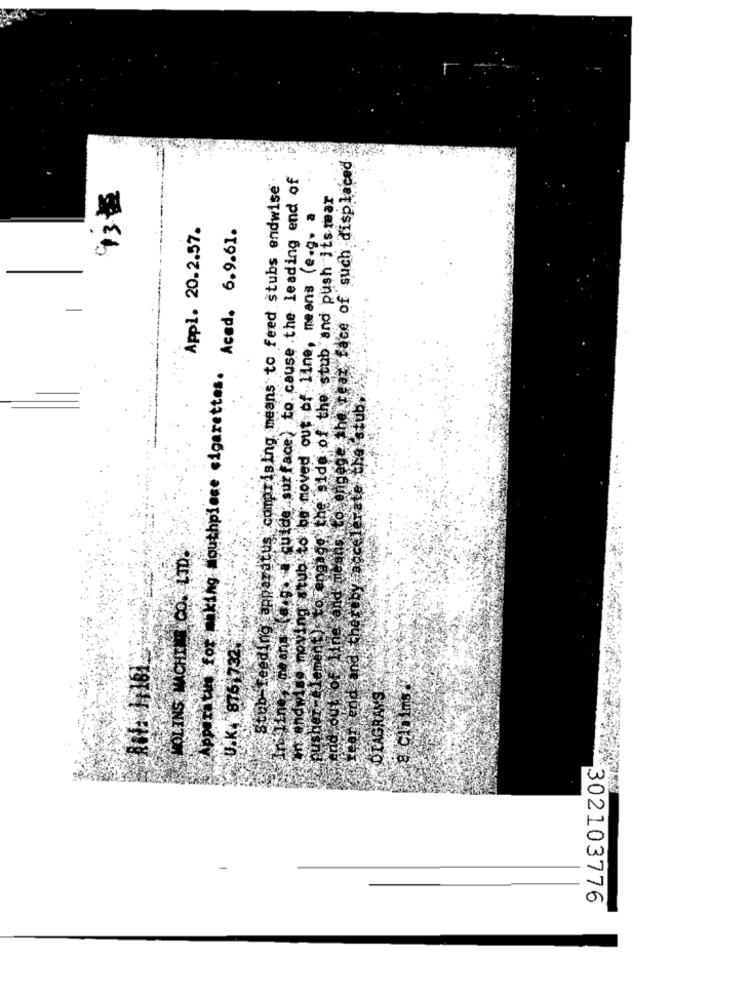
engege the reaz face of such displaced
Stub feeding apparatus comprising means to feed stubs endwise
(e.g. cuide surface) to cause the leading end of
93#
je the side of the stub and push its tear
tub to be moved out of line, means (e.g. a
Appl. 20.2.57.
Apparatus for making mouthpiece cigarettes. Aced. 6.9.61.
ste th
MOLINS MACHINE CO. LTD.
U.K. 8761732.
Auf: 1,161.
DIAGRAMS
302103776